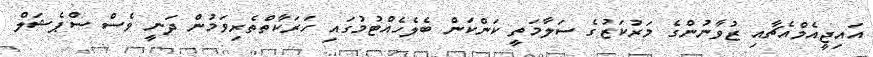
އައިޖީއެމްއެޗާއި ޒުވާނުންގެ މަރުކަޒުގެ ސަލާމަތީ ކަންކަން ބެލެހެއްޓުމުގައި ހަރަކާތްތެރިވަމުން ދަނީ ވެސް ސްޕެޝަލް